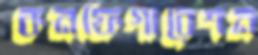
কনফিগারেশন